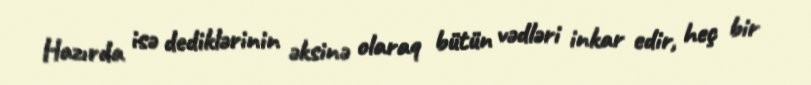
Hazırda isə dediklərinin əksinə olaraq bütün vədləri inkar edir, heç bir